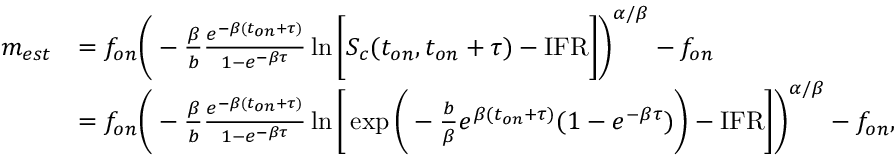
\begin{array} { r l } { m _ { e s t } } & { = f _ { o n } \bigg ( - \frac { \beta } { b } \frac { e ^ { - \beta ( t _ { o n } + \tau ) } } { 1 - e ^ { - \beta \tau } } \ln { \bigg [ S _ { c } ( t _ { o n } , t _ { o n } + \tau ) - \mathrm { I F R } \bigg ] } \bigg ) ^ { \alpha / \beta } - f _ { o n } } \\ & { = f _ { o n } \bigg ( - \frac { \beta } { b } \frac { e ^ { - \beta ( t _ { o n } + \tau ) } } { 1 - e ^ { - \beta \tau } } \ln { \bigg [ \exp { \bigg ( - \frac { b } { \beta } e ^ { \beta ( t _ { o n } + \tau ) } ( 1 - e ^ { - \beta \tau } ) \bigg ) } - \mathrm { I F R } \bigg ] } \bigg ) ^ { \alpha / \beta } - f _ { o n } , } \end{array}